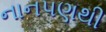
નાનપણથી